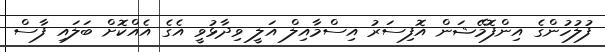
ފުލުހުންގެ އިންފޮމޭޝަން އޮފިސަރު އިސްމާއިލް އަލީ ވިދާޅުވީ އެގެ އެއްކޮށް ބަލައި ފާސް